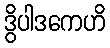
ဒွိပါဒကေဟိ